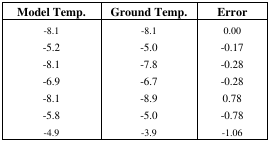
<table><thead><tr><td><b>Model Temp.</b></td><td><b>Ground Temp.</b></td><td><b>Error</b></td></tr></thead><tbody><tr><td>-8.1</td><td>-8.1</td><td>0.00</td></tr><tr><td>-5.2</td><td>-5.0</td><td>-0.17</td></tr><tr><td>-8.1</td><td>-7.8</td><td>-0.28</td></tr><tr><td>-6.9</td><td>-6.7</td><td>-0.28</td></tr><tr><td>-8.1</td><td>-8.9</td><td>0.78</td></tr><tr><td>-5.8</td><td>-5.0</td><td>-0.78</td></tr><tr><td>-4.9</td><td>-3.9</td><td>-1.06</td></tr></tbody></table>